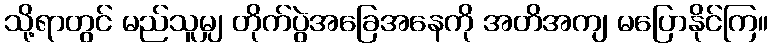
သို့ရာတွင် မည်သူမျှ တိုက်ပွဲအခြေအနေကို အတိအကျ မပြောနိုင်ကြ။